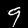
Digit: 9